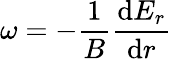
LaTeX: \omega=-\frac{1}{B}\frac{\mathrm{d}E_{r}}{\mathrm{d}r}